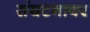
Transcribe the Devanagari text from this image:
संघटनावर